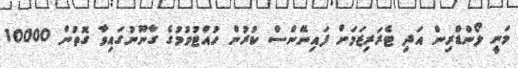
މަނީ ލޯންޑްރިން އަދި ޓެރަރިޒަމަށް ފައިނޭންސް ކުރުން ހުއްޓުވުމުގެ ގާނޫނުގައިވާ ގޮތުން 10000